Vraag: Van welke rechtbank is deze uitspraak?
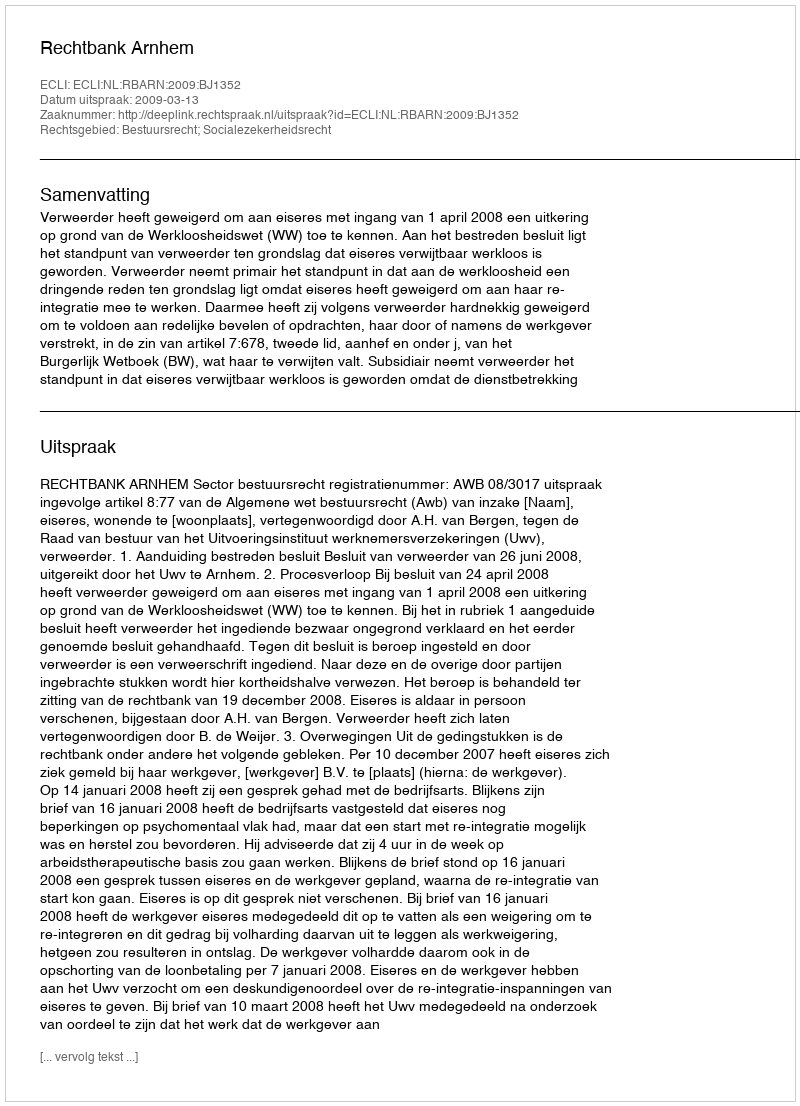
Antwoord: Rechtbank Arnhem